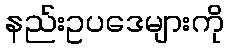
နည်းဥပဒေများကို